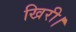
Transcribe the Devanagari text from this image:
खिरी।